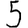
Digit: 5